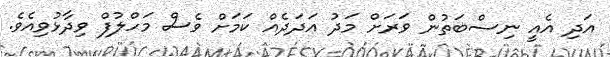
އަދި އެއީ ނިސްބަތުން ވަރަށް މަދު އަދަދެއް ކަމަށް ވެސް މަހްލުފް ވިދާޅުވިއެވެ.